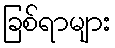
ခြစ်ရာများ